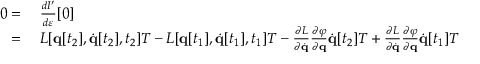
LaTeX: \begin{array} { r l } { 0 = { } } & { { } { \frac { d I ^ { \prime } } { d \varepsilon } } [ 0 ] } \\ { = { } } & { { } L [ \mathbf { q } [ t _ { 2 } ] , { \dot { \mathbf { q } } } [ t _ { 2 } ] , t _ { 2 } ] T - L [ \mathbf { q } [ t _ { 1 } ] , { \dot { \mathbf { q } } } [ t _ { 1 } ] , t _ { 1 } ] T - { \frac { \partial L } { \partial { \dot { \mathbf { q } } } } } { \frac { \partial \varphi } { \partial \mathbf { q } } } { \dot { \mathbf { q } } } [ t _ { 2 } ] T + { \frac { \partial L } { \partial { \dot { \mathbf { q } } } } } { \frac { \partial \varphi } { \partial \mathbf { q } } } { \dot { \mathbf { q } } } [ t _ { 1 } ] T } \end{array}